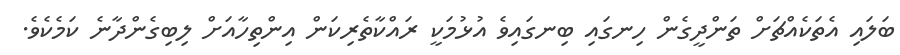
ބަލައި އެތަކެއްޗަށް ތަންދީގެން ހިނގައި ބިނގައިވެ އުޅުމަކީ ރައްކާތެރިކަން އިންތިހާއަށް ލިބިގެންދާނެ ކަމެކެވެ.